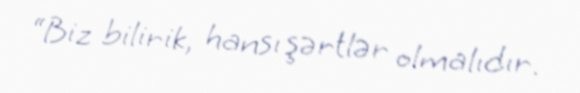
“Biz bilirik, hansı şərtlər olmalıdır.